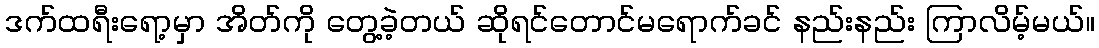
ဒက်ထရီးရော့မှာ အိတ်ကို တွေ့ခဲ့တယ် ဆိုရင်တောင်မရောက်ခင် နည်းနည်း ကြာလိမ့်မယ်။